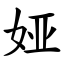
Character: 娅